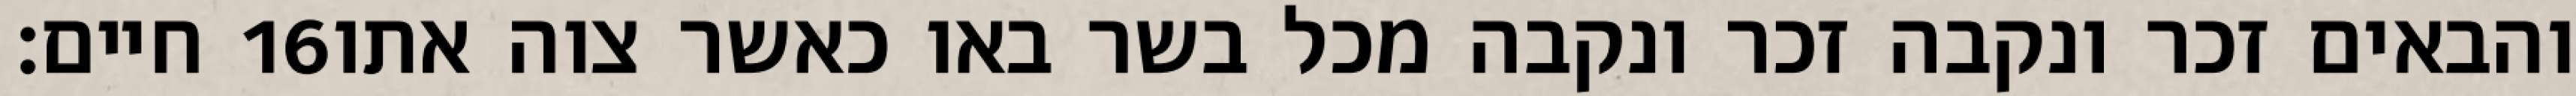
חיים׃ ‎16‏ והבאים זכר ונקבה זכר ונקבה מכל בשר באו כאשר צוה אתו